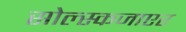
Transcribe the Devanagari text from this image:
सोल्स्कजाएर